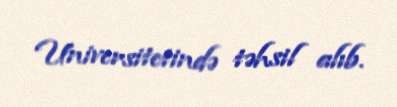
Universitetində təhsil alıb.